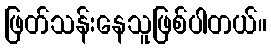
ဖြတ်သန်းနေသူဖြစ်ပါတယ်။